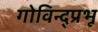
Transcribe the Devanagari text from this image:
गोविन्द्प्रभू